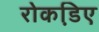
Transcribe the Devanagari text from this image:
रोकडि़ए